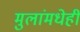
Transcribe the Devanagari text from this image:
मुलांमधेही